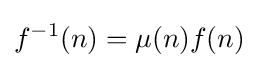
f^{-1}(n)=\mu (n)f(n)